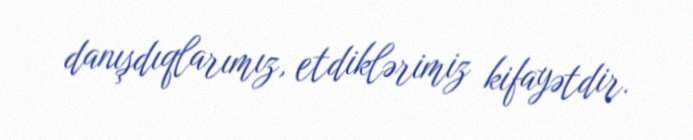
danışdıqlarımız, etdiklərimiz kifayətdir.